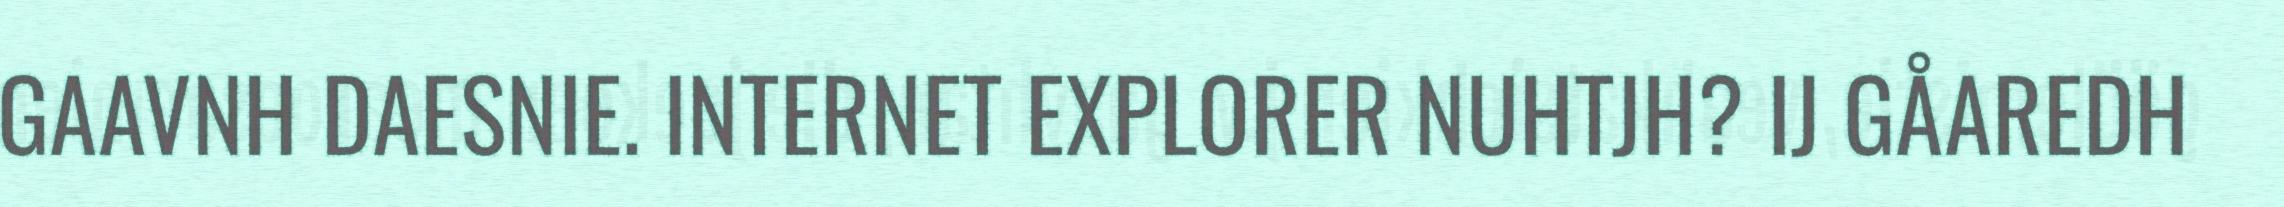
GAAVNH DAESNIE. INTERNET EXPLORER NUHTJH? IJ GÅAREDH